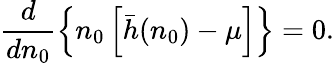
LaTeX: \frac d{dn_{0}}\left\{ n_{0}\left[\bar{h}(n_{0})-\mu\right]\right\} =0.